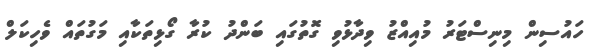
ހައުސިން މިނިސްޓަރު މުއިއްޒު ވިދާޅުވި ގޮތުގައި ބަންދު ކުރާ ގޯޅިތަކާއި މަގުތައް ވެހިކަލް